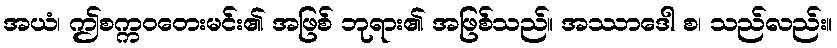
အယံ၊ ဤစက္ကဝတေးမင်း၏ အဖြစ် ဘုရား၏ အဖြစ်သည်။ အဿာဒေါ စ၊ သည်လည်း။